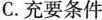
C.充要条件